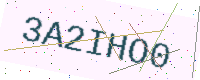
Text: 3A2IHO0